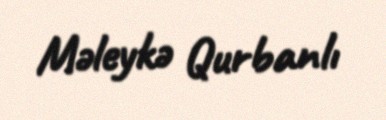
Məleykə Qurbanlı